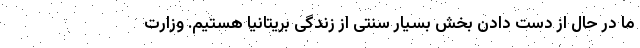
ما در حال از دست دادن بخش بسیار سنتی از زندگی بریتانیا هستیم. وزارت